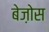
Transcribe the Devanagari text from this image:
बेज़ोस